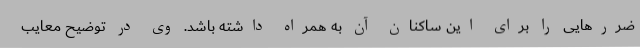
ضررهایی را برای این ساکنان آن به همراه داشته باشد. وی در توضیح معایب